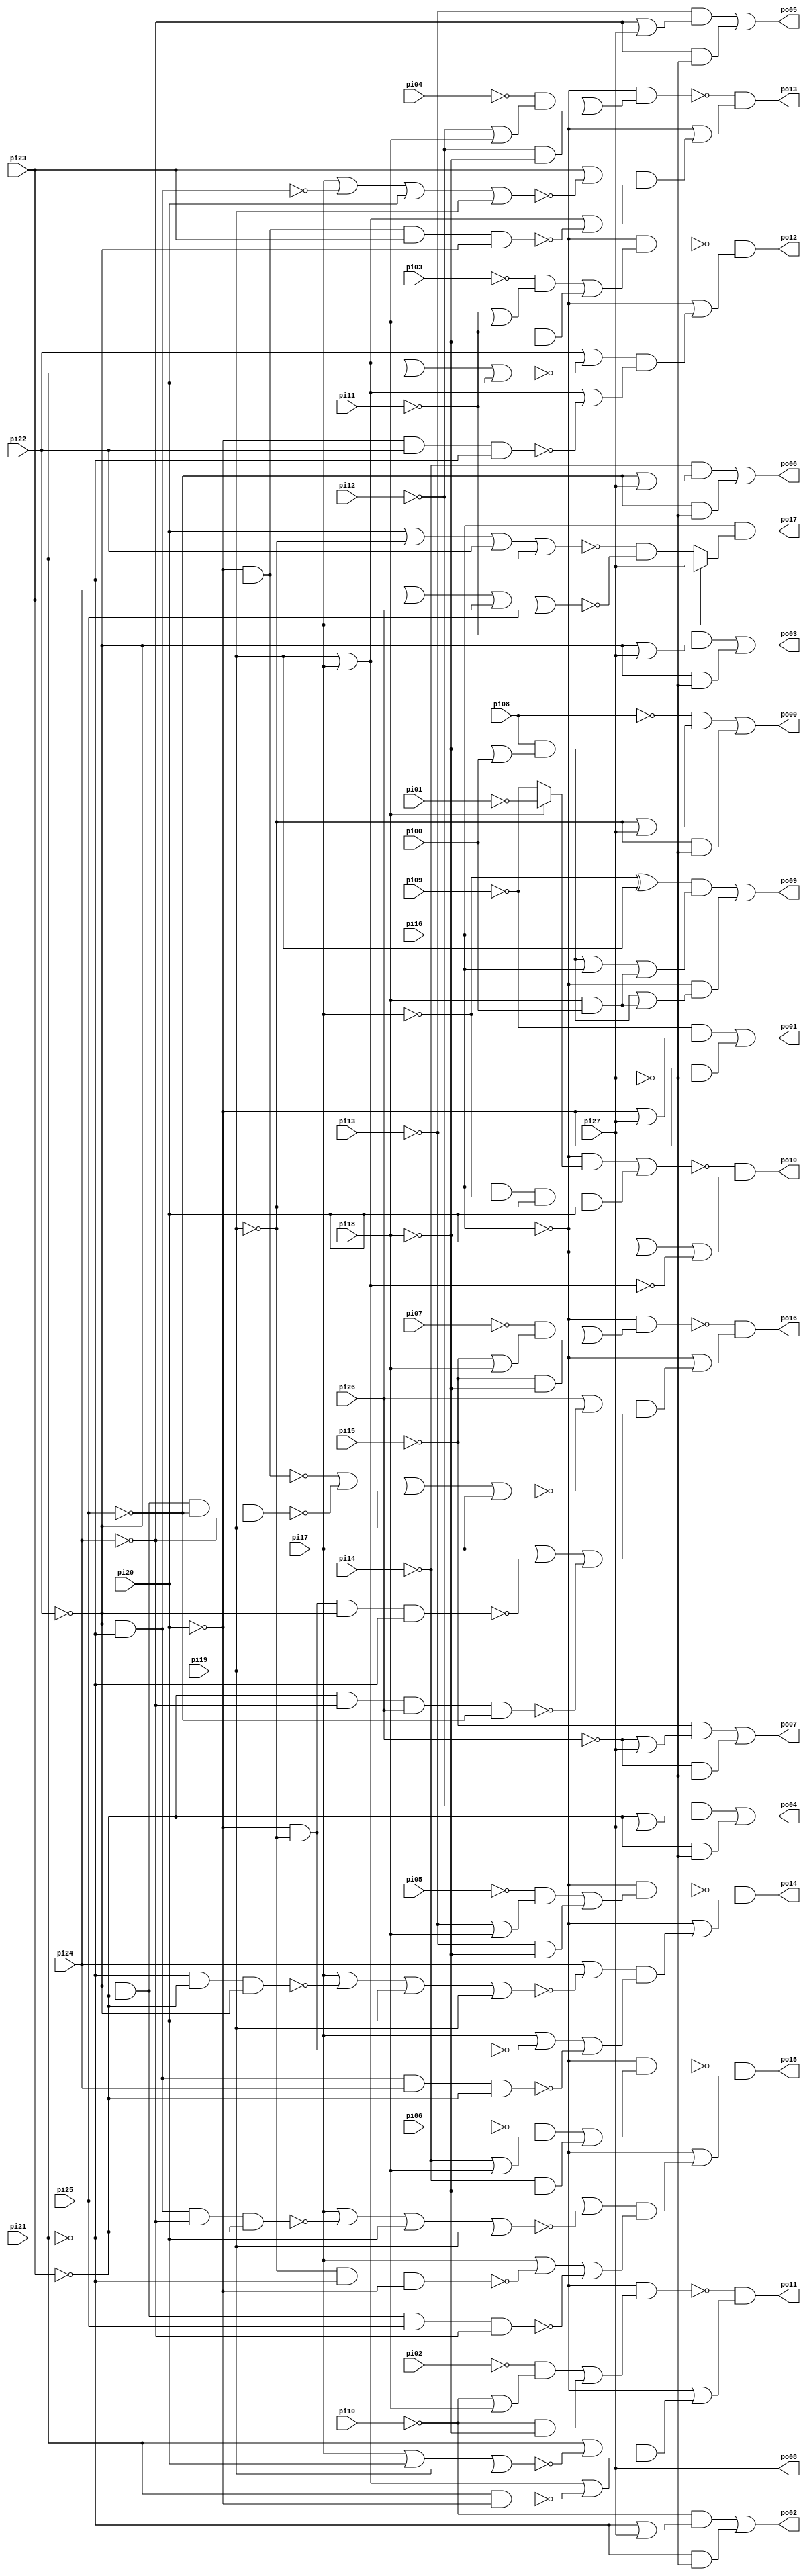
// Benchmark "c8" written by ABC on Thu Mar 19 13:02:36 2020

module c8 ( 
    pi00, pi01, pi02, pi03, pi04, pi05, pi06, pi07, pi08, pi09, pi10, pi11,
    pi12, pi13, pi14, pi15, pi16, pi17, pi18, pi19, pi20, pi21, pi22, pi23,
    pi24, pi25, pi26, pi27,
    po00, po01, po02, po03, po04, po05, po06, po07, po08, po09, po10, po11,
    po12, po13, po14, po15, po16, po17  );
  input  pi00, pi01, pi02, pi03, pi04, pi05, pi06, pi07, pi08, pi09,
    pi10, pi11, pi12, pi13, pi14, pi15, pi16, pi17, pi18, pi19, pi20, pi21,
    pi22, pi23, pi24, pi25, pi26, pi27;
  output po00, po01, po02, po03, po04, po05, po06, po07, po08, po09, po10,
    po11, po12, po13, po14, po15, po16, po17;
  wire new_n64_, new_n65_, new_n66_, new_n67_, new_n68_, new_n69_, new_n70_,
    new_n71_, new_n72_, new_n73_, new_n74_, new_n75_, new_n76_, new_n77_,
    new_n78_, new_n79_, new_n80_, new_n81_, new_n82_, new_n83_, new_n84_,
    new_n85_, new_n86_, new_n87_, new_n88_, new_n89_, new_n90_, new_n91_,
    new_n92_, new_n93_;
  assign po00 = (~pi08 & (~pi19 | pi27)) | (~pi19 & ~pi27);
  assign po01 = (~pi09 & (~pi20 | pi27)) | (~pi20 & ~pi27);
  assign po02 = (~pi10 & (~pi21 | pi27)) | (~pi21 & ~pi27);
  assign po03 = (~pi11 & (~pi22 | pi27)) | (~pi22 & ~pi27);
  assign po04 = (~pi12 & (~pi23 | pi27)) | (~pi23 & ~pi27);
  assign po05 = (~pi13 & (~pi24 | pi27)) | (~pi24 & ~pi27);
  assign po06 = (~pi14 & (~pi25 | pi27)) | (~pi25 & ~pi27);
  assign po07 = (~pi15 & (~pi26 | pi27)) | (~pi26 & ~pi27);
  assign po09 = ((~pi17 ^ pi19) & ((pi08 & (~pi18 | pi00)) | pi16 | (pi18 & pi00))) | (~pi16 & ((pi08 & (~pi18 | pi00)) | (pi18 & pi00)));
  assign po10 = ~new_n65_ & (pi20 | ~pi16 | ~new_n64_);
  assign po11 = ~new_n68_ & (~pi16 | ((pi21 | ~new_n67_) & (pi19 | pi17 | ~new_n66_)));
  assign po12 = ~new_n71_ & (~pi16 | ((pi22 | ~new_n70_) & (pi19 | pi17 | ~new_n69_)));
  assign po13 = ~new_n74_ & (~pi16 | ((pi23 | ~new_n73_) & (pi19 | pi17 | ~new_n72_)));
  assign po14 = ~new_n79_ & (~pi16 | ((pi24 | ~new_n78_) & (pi17 | ~new_n76_ | ~new_n77_)));
  assign po15 = ~new_n84_ & (~pi16 | ((pi25 | ~new_n83_) & (pi17 | ~new_n81_ | ~new_n82_)));
  assign po16 = ~new_n89_ & (~pi16 | ((pi26 | ~new_n88_) & (pi17 | ~new_n86_ | ~new_n87_)));
  assign po17 = pi16 & (pi17 ? pi27 : (~new_n92_ & ~new_n93_));
  assign new_n64_ = pi19 | pi17;
  assign new_n65_ = (~pi16 & (pi18 ? ~pi01 : ~pi09)) | (pi16 & ~pi17 & ~pi19 & pi20);
  assign new_n66_ = pi21 & ~pi20;
  assign new_n67_ = pi17 | pi20 | pi19;
  assign new_n68_ = ~pi16 & ((~pi02 & (~pi10 | pi18)) | (~pi10 & ~pi18));
  assign new_n69_ = ~pi20 & pi22 & ~pi21;
  assign new_n70_ = pi19 | pi17 | pi21 | pi20;
  assign new_n71_ = ~pi16 & ((~pi03 & (~pi11 | pi18)) | (~pi11 & ~pi18));
  assign new_n72_ = ~pi20 & ~pi21 & pi23 & ~pi22;
  assign new_n73_ = pi17 | ~new_n75_ | pi20 | pi19;
  assign new_n74_ = ~pi16 & ((~pi04 & (~pi12 | pi18)) | (~pi12 & ~pi18));
  assign new_n75_ = ~pi22 & ~pi21;
  assign new_n76_ = ~pi20 & ~pi19;
  assign new_n77_ = ~pi21 & ~pi22 & pi24 & ~pi23;
  assign new_n78_ = pi17 | ~new_n80_ | pi20 | pi19;
  assign new_n79_ = ~pi16 & ((~pi05 & (~pi13 | pi18)) | (~pi13 & ~pi18));
  assign new_n80_ = ~pi21 & ~pi23 & ~pi22;
  assign new_n81_ = ~pi19 & ~pi21 & ~pi20;
  assign new_n82_ = ~pi22 & ~pi23 & pi25 & ~pi24;
  assign new_n83_ = pi17 | ~new_n85_ | pi20 | pi19;
  assign new_n84_ = ~pi16 & ((~pi06 & (~pi14 | pi18)) | (~pi14 & ~pi18));
  assign new_n85_ = ~pi21 & ~pi22 & ~pi24 & ~pi23;
  assign new_n86_ = ~pi19 & ~pi20 & ~pi22 & ~pi21;
  assign new_n87_ = ~pi23 & ~pi24 & pi26 & ~pi25;
  assign new_n88_ = ~new_n90_ | ~new_n91_ | pi19 | pi17;
  assign new_n89_ = ~pi16 & ((~pi07 & (~pi15 | pi18)) | (~pi15 & ~pi18));
  assign new_n90_ = ~pi21 & ~pi20;
  assign new_n91_ = ~pi22 & ~pi23 & ~pi25 & ~pi24;
  assign new_n92_ = pi20 | ~pi19 | pi22 | pi21;
  assign new_n93_ = pi24 | pi23 | pi26 | pi25;
  assign po08 = pi27;
endmodule